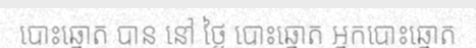
បោះឆ្នោត បាន នៅ ថ្ងៃ បោះឆ្នោត អ្នកបោះឆ្នោត